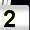
Digit: 2